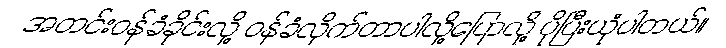
အတင်းဝန်ခံခိုင်းလို့ ဝန်ခံလိုက်တာပါလို့ပြောလို့ ပိုပြီးယုံပါတယ်။